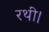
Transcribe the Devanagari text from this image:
रथी।